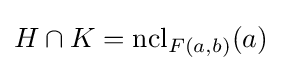
H\cap K=\operatorname {ncl} _{F(a,b)}(a)